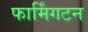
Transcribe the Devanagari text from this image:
फार्मिंगटन